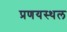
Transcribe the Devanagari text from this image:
प्रणयस्थल